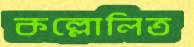
কল্লোলিত